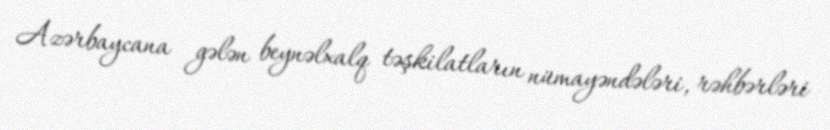
Azərbaycana gələn beynəlxalq təşkilatların nümayəndələri, rəhbərləri